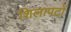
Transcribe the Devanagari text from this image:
शिलापटों